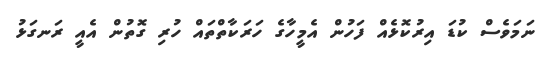
ނަމަވެސް ކުޑަ އިރުކޮޅެއް ފަހުން އެމީހާގެ ހަރަކާތްތައް ހުރި ގޮތުން އެއީ ރަނގަޅު